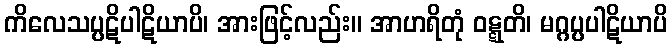
ကိလေသပ္ပဋိပါဋိယာပိ၊ အားဖြင့်လည်း။ အာဟရိတုံ ဝဋ္ဋတိ၊ မဂ္ဂပ္ပပါဋိယာပိ